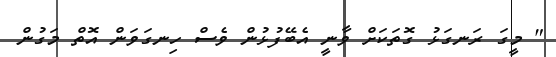
" މީގަ ރަނގަޅު ގޮތަކަށް ވާނީ އެބޭފުޅުން ވެސް ހިނގަވަން އޮތް މަގުން